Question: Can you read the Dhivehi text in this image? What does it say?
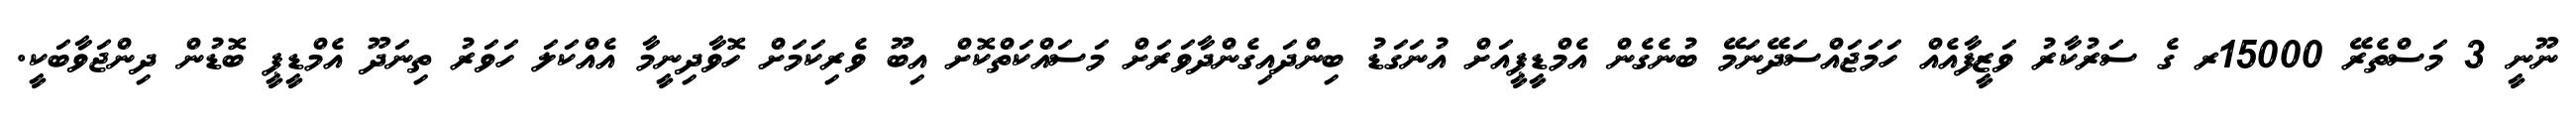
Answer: ނޫނީ 3 މަސްތެރޭ 15000ރ ގެ ސަރުކާރު ވަޒީފާއެއް ހަމަޖައްސަދޭނަމޭ ބުނެގެން އެމްޑީޕީއަށް އުނަގަޑު ބިންދައިގެންދާވަރަށް މަސައްކަތްކޮށް އިބޫ ވެރިކަމަށް ހޮވާދިނީމާ އެއްކަލަ ހަވަރު ތިނަދޫ އެމްޑީޕީ ބޮޑުން ދިންޖަވާބަކީ.